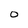
Character: O